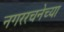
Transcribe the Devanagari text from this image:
नगररचनेच्या